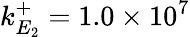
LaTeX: k_{E_{2}}^{+}=1.0\times 10^{7}